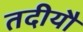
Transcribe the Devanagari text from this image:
तदीयौ